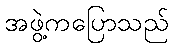
အဖွဲ့ကပြောသည်